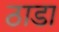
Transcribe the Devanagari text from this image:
ठाडा